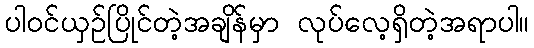
ပါဝင်ယှဉ်ပြိုင်တဲ့အချိန်မှာ လုပ်လေ့ရှိတဲ့အရာပါ။